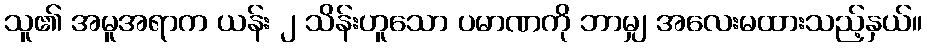
သူ၏ အမူအရာက ယန်း ၂ သိန်းဟူသော ပမာဏကို ဘာမျှ အလေးမထားသည့်နှယ်။